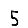
Digit: 5